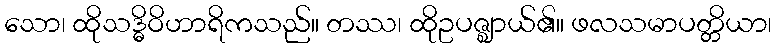
သော၊ ထိုသဒ္ဓိဝိဟာရိကသည်။ တဿ၊ ထိုဥပဇ္ဈာယ်၏။ ဖလသမာပတ္တိယာ၊